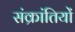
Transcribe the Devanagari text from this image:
संक्रांतियों